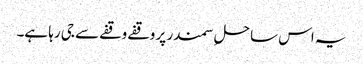
یہ اس ساحلِ سمندر پر وقفے وقفے سے جی رہا ہے۔